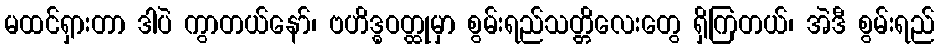
မထင်ရှားတာ ဒါပဲ ကွာတယ်နော်၊ ဗဟိဒ္ဓဝတ္ထုမှာ စွမ်းရည်သတ္တိလေးတွေ ရှိကြတယ်၊ အဲဒီ စွမ်းရည်